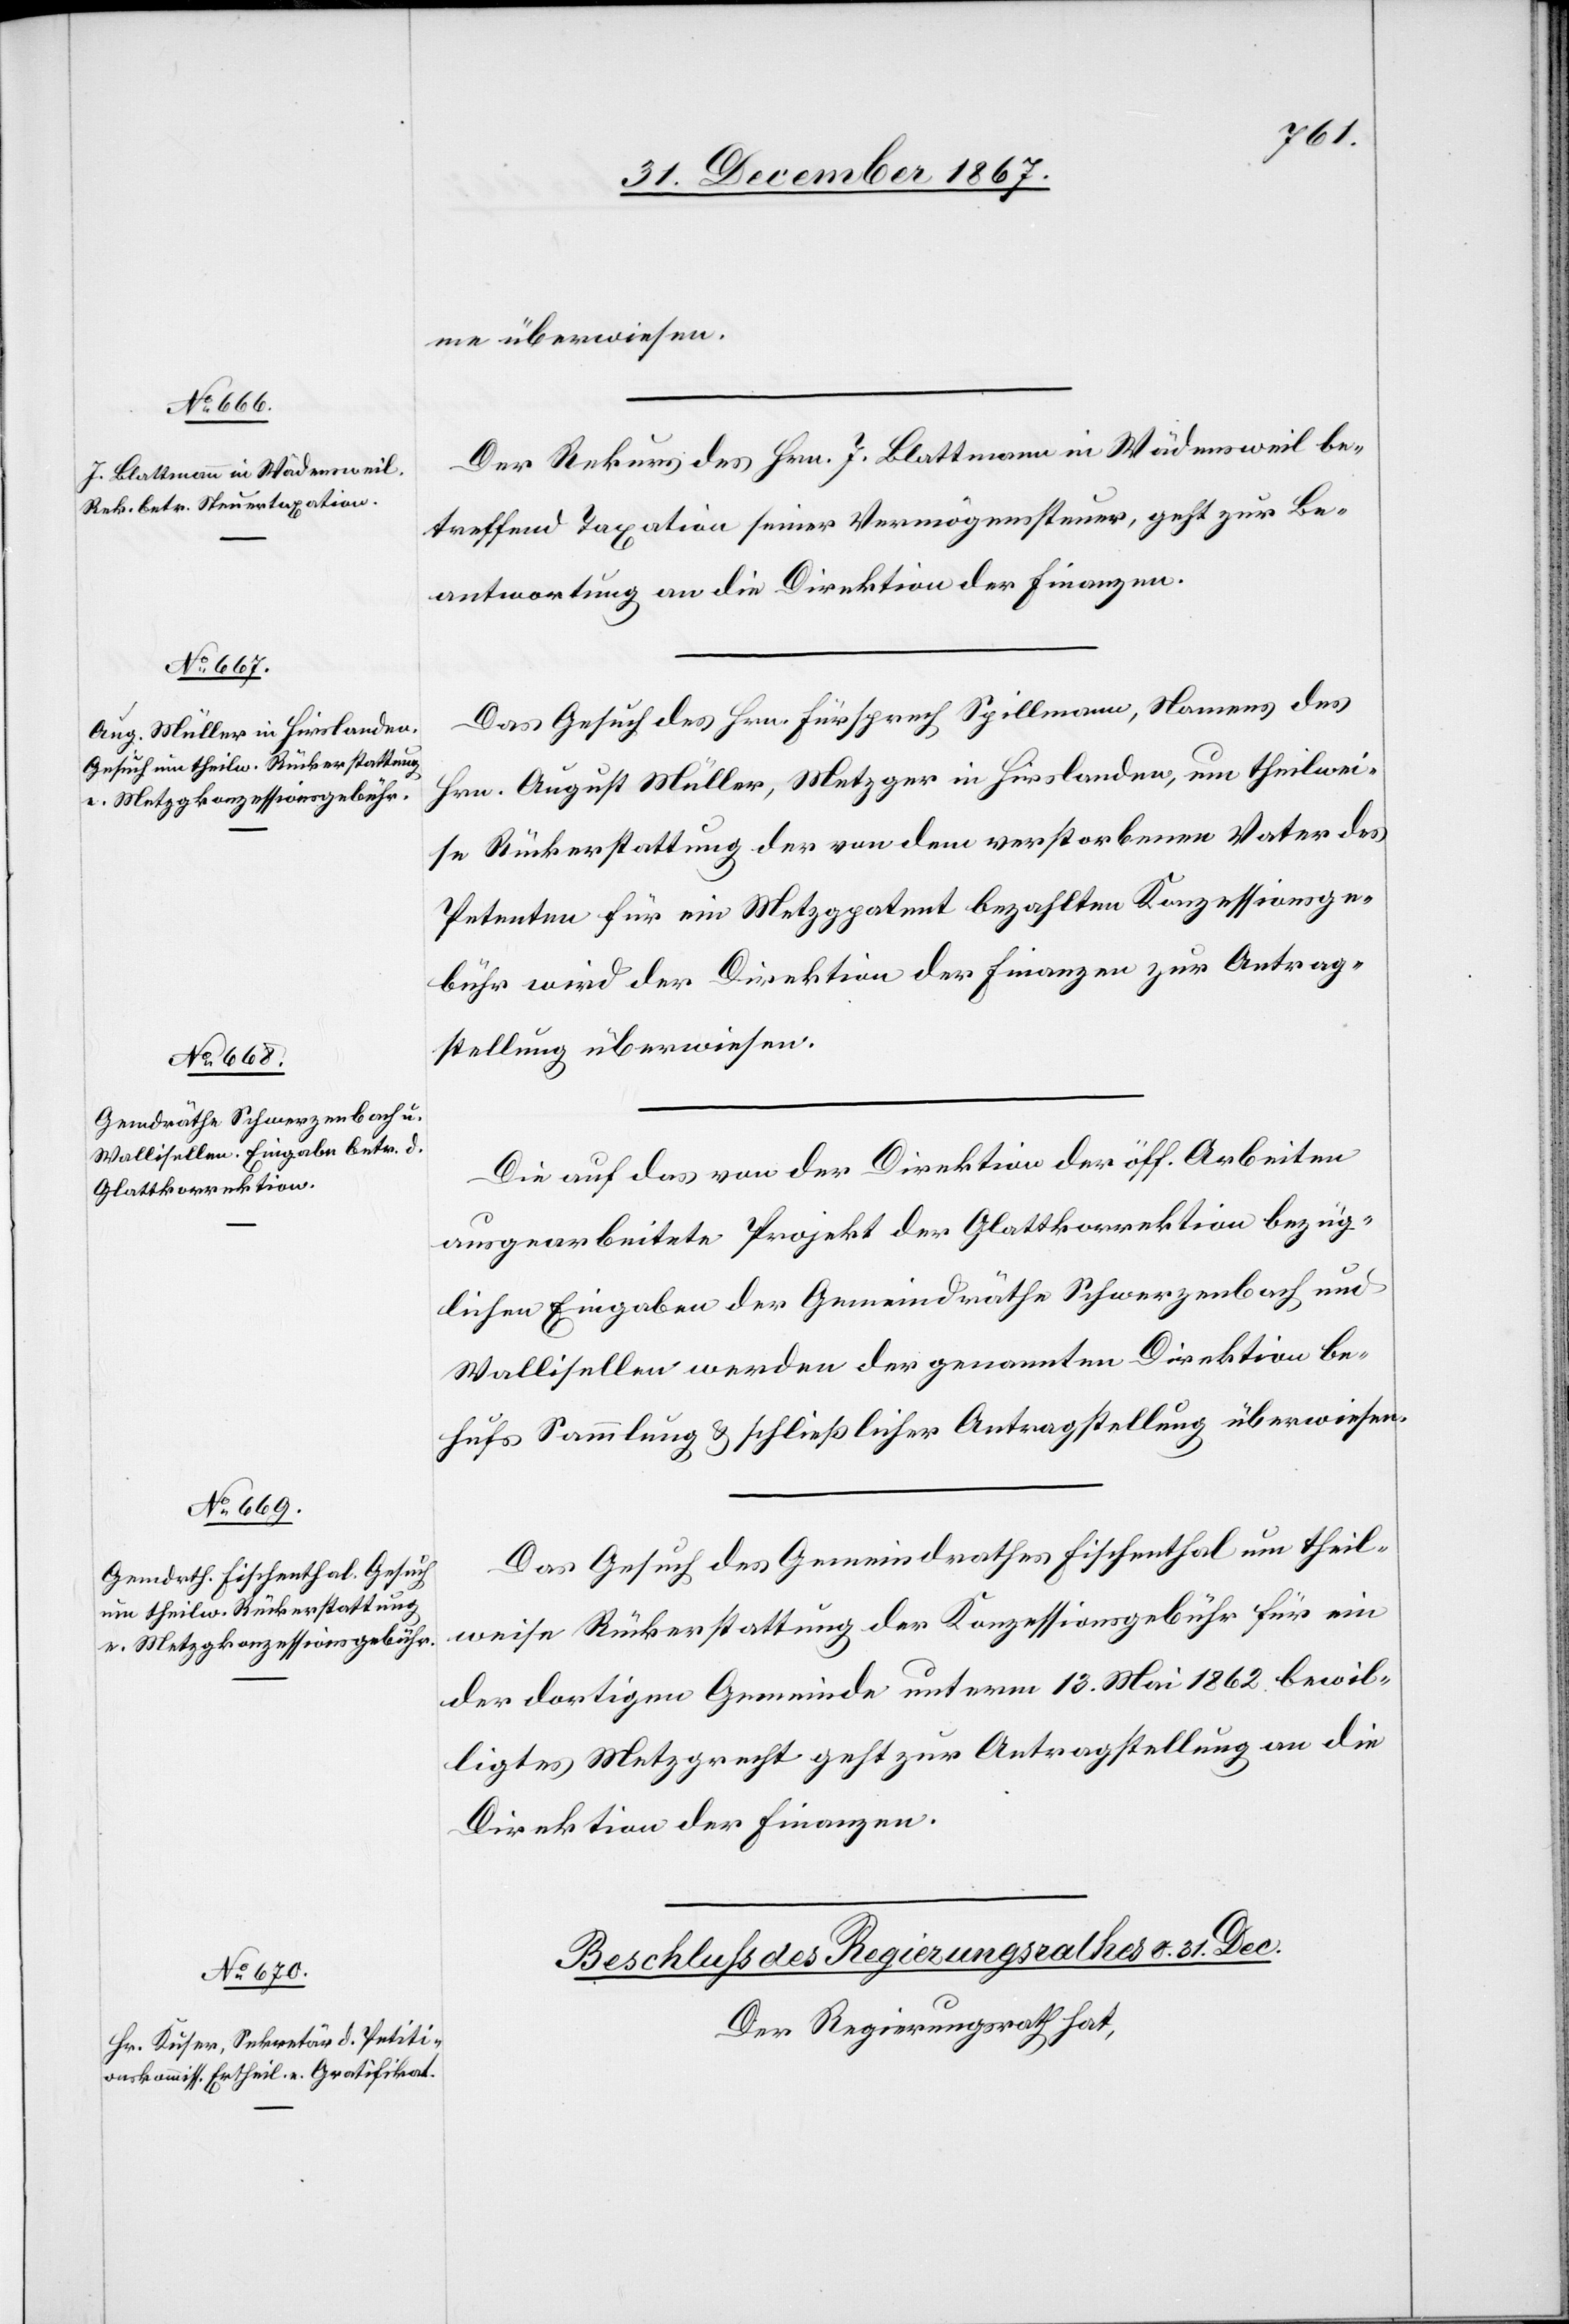
1868.]
me überwiesen.
Der Rekurs des Hrn. J. Blattmann in Wädensweil be¬
treffend Taxation seiner Vermögenssteuer, geht zur Be¬
antwortung an die Direktion der Finanzen.
Das Gesuch des Hrn. Fürsprech Spillmann, Namens des
Hrn. August Müller, Metzger in Hirslanden, um theilwei¬
se Rückerstattung der von dem verstorbenen Vater des
Petenten für ein Metzgpatent bezahlten Konzessionsge¬
bühr wird der Direktion der Finanzen zur Antrag¬
stellung überwiesen.
Die auf das von der Direktion der öff. Arbeiten
ausgearbeitete Projekt der Glattkorrektion bezüg¬
lichen Eingaben der Gemeindräthe Schwerzenbach und
Wallisellen werden der genannten Direktion be¬
hufs Sammlung u. schließlicher Antragstellung überwiesen.
Das Gesuch des Gemeindrathes Fischenthal um theil¬
weise Rückerstattung der Konzessionsgebühr für ein
der dortigen Gemeinde unterm 13. Mai 1862 bewil¬
ligtes Metzgrecht geht zur Antragstellung an die
Direktion der Finanzen.
Beschluß des Regierungsrathes v. 31. Dec.
Der Regierungsrath hat,